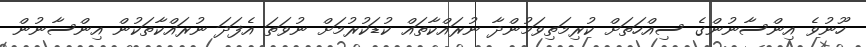
ހޫނުވެ އިންސާނުންގެ ސިއްހަތަށް ކުރިމަތިވަމުންދާ ނުރައްކާތައް ކުޑަކުރުމަށް ނުވަތަ އެފަދަ ނުރައްކާތަކުން އިންސާނުން